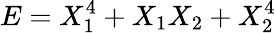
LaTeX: E=X_{1}^{4}+X_{1}X_{2}+X_{2}^{4}